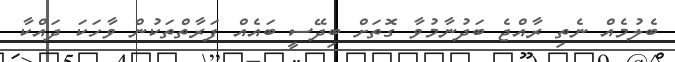
ބެލުމެއް ނެތި ރާއްޖެ ބަދުނާމުވާ ގޮތަށް ބިދޭސީ ބައެއް ފަރާތްތަކުން ވާހަކަ ދައްކާ